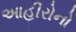
આહીરોનો